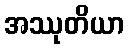
အဿုတိယာ